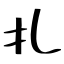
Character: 扎